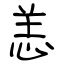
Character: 恙